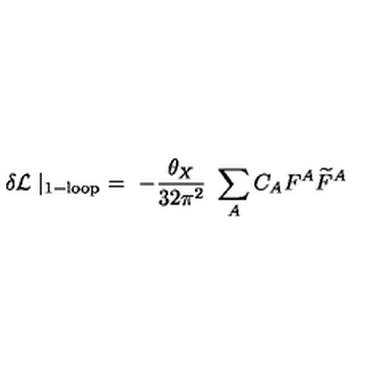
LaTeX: \delta { \cal L } \mid _ { \mathrm { 1 - l o o p } } \ = \ - \frac { \theta _ { X } } { 3 2 \pi ^ { 2 } } \ \sum _ { A } C _ { A } F ^ { A } \widetilde { F } ^ { A }